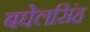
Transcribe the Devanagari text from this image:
बघेलसिंह